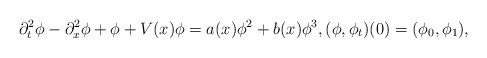
LaTeX: \begin{align*}\partial_t^2 \phi - \partial_x^2\phi + \phi + V(x)\phi = a(x)\phi^2 + b(x) \phi^3, (\phi,\phi_t)(0)=(\phi_0,\phi_1),\end{align*}